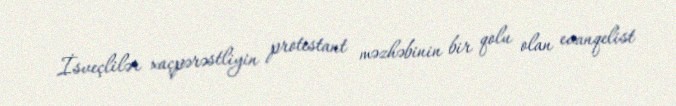
İsveçlilər xaçpərəstliyin protestant məzhəbinin bir qolu olan evanqelist